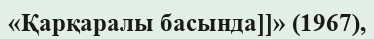
«Қарқаралы басында]]» (1967),